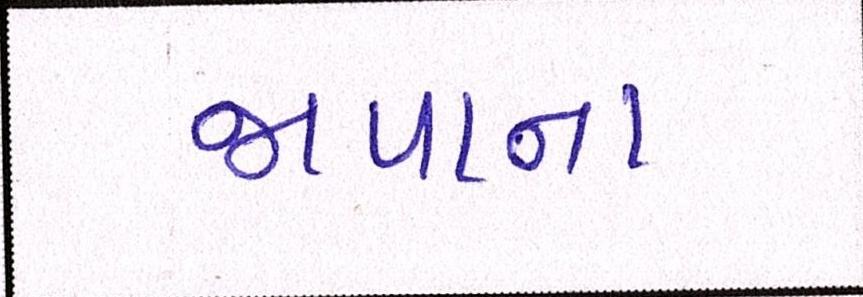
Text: જાપાનઃ